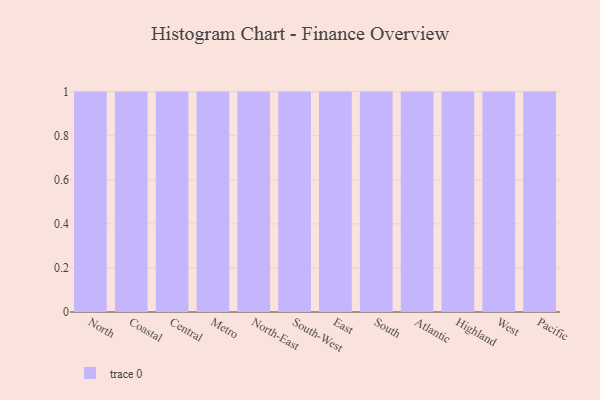
{"axis": {"x": "Region", "y": "Bounce Rate (%)"}, "legend": [""], "data": [{"x": "North", "y": 8, "type": ""}, {"x": "Coastal", "y": 63, "type": ""}, {"x": "Central", "y": 81, "type": ""}, {"x": "Metro", "y": 57, "type": ""}, {"x": "North-East", "y": 94, "type": ""}, {"x": "South-West", "y": 46, "type": ""}, {"x": "East", "y": 43, "type": ""}, {"x": "South", "y": 40, "type": ""}, {"x": "Atlantic", "y": 91, "type": ""}, {"x": "Highland", "y": 100, "type": ""}, {"x": "West", "y": 41, "type": ""}, {"x": "Pacific", "y": 94, "type": ""}]}